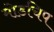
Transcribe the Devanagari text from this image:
मोडचिप